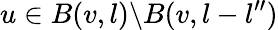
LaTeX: u\in B(v,l)\backslash B(v,l-l^{\prime\prime})